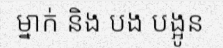
ម្នាក់ និង បង បង្អូន